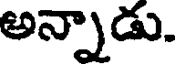
అన్నాడు.